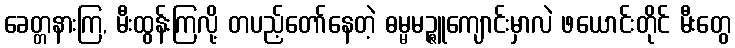
ခေတ္တနားကြ, မီးထွန်းကြလို့ တပည့်တော်နေတဲ့ ဓမ္မမဉ္ဇူကျောင်းမှာလဲ ဖယောင်းတိုင် မီးတွေ